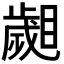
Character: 𣦦